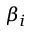
\beta _ { i }